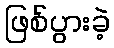
ဖြစ်ပွားခဲ့